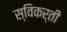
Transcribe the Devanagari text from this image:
स्विकर्ती